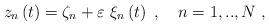
LaTeX: \begin{align*}z_{n}\left( t\right) =\zeta _{n}+\varepsilon ~\xi _{n}\left( t\right)~,~~~n=1,..,N~,\end{align*}